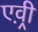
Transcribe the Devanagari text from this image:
एव़्री